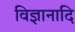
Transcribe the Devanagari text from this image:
विज्ञानादि